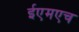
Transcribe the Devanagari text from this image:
ईएमएच